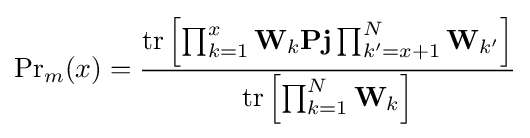
\mathrm {Pr} _{m}(x)={\frac {\operatorname {tr} \left[\prod _{k=1}^{x}\mathbf {W} _{k}\mathbf {Pj} \prod _{k'=x+1}^{N}\mathbf {W} _{k'}\right]}{\operatorname {tr} \left[\prod _{k=1}^{N}\mathbf {W} _{k}\right]}}